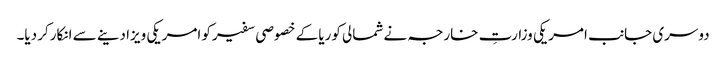
دوسری جانب امریکی وزارتِ خارجہ نے شمالی کوریا کے خصوصی سفیرکو امریکی ویزا دینے سے انکارکر دیا۔